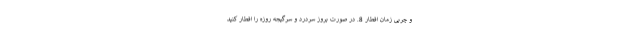
و چربی زمان افطار 8. در صورت بروز سردرد و سرگیجه روزه را افطار کنید